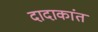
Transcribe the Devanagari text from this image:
दादाकांत